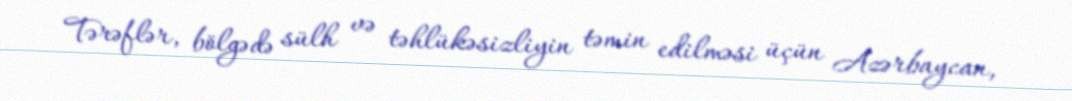
Tərəflər, bölgədə sülh və təhlükəsizliyin təmin edilməsi üçün Azərbaycan,